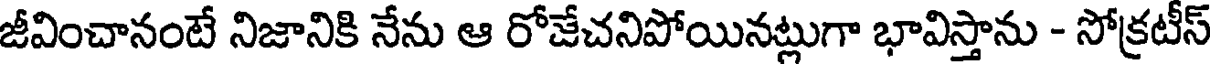
జీవించానంటే నిజానికి నేను ఆ రోజేచనిపోయినట్లుగా భావిస్తాను - సోక్రటీస్